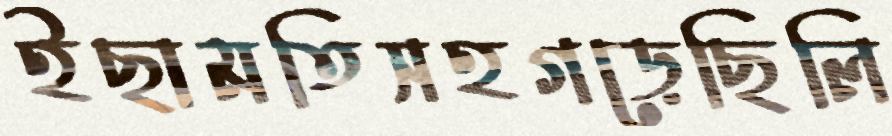
ইছামতিসহগড়েছিলি